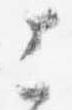
上